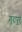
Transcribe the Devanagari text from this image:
गुरपुर